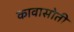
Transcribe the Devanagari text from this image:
कावासोती